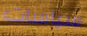
سياسات